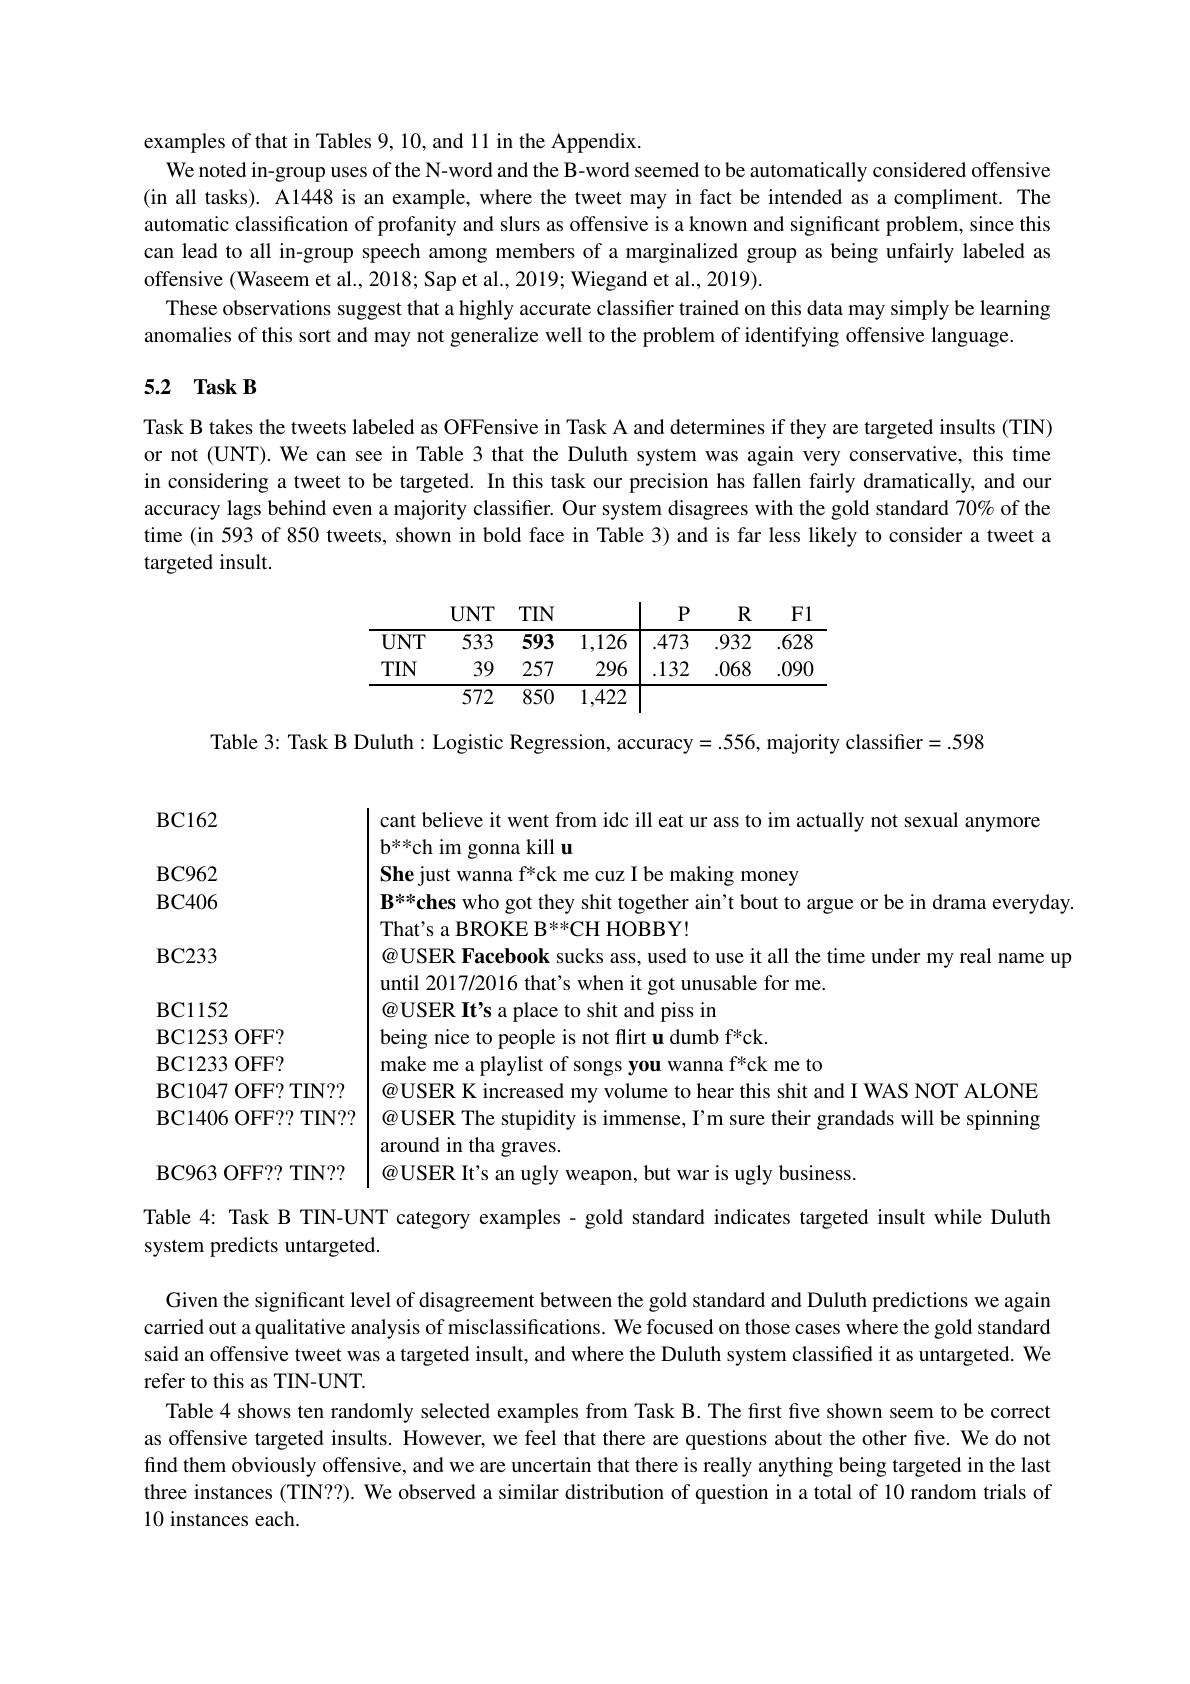
examples of that in Tables 9, 10, and 11 in the Appendix.
We noted in-group uses of the N-word and the B-word seemed to be automatically considered offensive (in all tasks). A1448 is an example, where the tweet may in fact be intended as a compliment. The automatic classification of profanity and slurs as offensive is a known and significant problem, since this can lead to all in-group speech among members of a marginalized group as being unfairly labeled as offensive (Waseem et al., 2018; Sap et al., 2019; Wiegand et al., 2019).
These observations suggest that a highly accurate classifier trained on this data may simply be learning
anomalies of this sort and may not generalize well to the problem of identifying offensive language
5.2 Task B

Task B takes the tweets labeled as OFFensive in Task A and determines if they are targeted insults (TIN) or not (UNT). We can see in Table 3 that the Duluth system was again very conservative, this time in considering a tweet to be targeted. In this task our precision has fallen fairly dramatically, and our accuracy lags behind even a majority classifier. Our system disagrees with the gold standard $70\%$ of the time (in 593 of 850 tweets, shown in bold face in Table 3) and is far less likely to consider a tweet a targeted insult.
$$\begin{array}{cccc|ccc}&\text{UNT}&\text{TIN}&&\text{P}&\text{R}&\text{F1}\\\hline\text{UNT}&533&\textbf{593}&1,126&.473&.932&.628\\\text{TIN}&39&257&296&.132&.068&.090\\\hline&572&850&1,422&&&\end{array}$$
Table 3: Task B Duluth: Logistic Regression, accuracy= .556, majority classifier= .598

BC162

cant believe it went from idc ill eat ur ass to im actually not sexual anymore

b$^{**}$ch im gonna kill u

BC962

She just wanna f*ck me cuz I be making money

$BC406$

$\mathbf{B}^{**}\mathbf{ches~who~got~they~shit~together~ain't~bout~to~argue~or~be~in~drama~everyday.}$

That's a BROKE B**CH HOBBY!

BC233

@USER Facebook sucks ass, used to use it all the time under my real name up

until 2017/2016 that's when it got unusable for me.

BC1152

@USER It's a place to shit and piss in

BC1253 OFF?

being nice to people is not flirt u dumb f*ck.

BC1233 OFF?

make me a playlist of songs you wanna f*ck me to

BC1047 OFF? TIN??

@USER K increased my volume to hear this shit and I WAS NOT ALONE

BC1406 OFF?? TIN??

@USER The stupidity is immense, I'm sure their grandads will be spinning

around in tha graves.

BC963 OFF?? TIN? $|@$USER It's an ugly weapon, but war is ugly business.

Table 4: Task B TIN-UNT category examples - gold standard indicates targeted insult while Duluth

system predicts untargeted.

Given the significant level of disagreement between the gold standard and Duluth predictions we again carried out a qualitative analysis of misclassifications. We focused on those cases where the gold standard said an offensive tweet was a targeted insult, and where the Duluth system classified it as untargeted. We refer to this as TIN-UNT.
Table 4 shows ten randomly selected examples from Task B. The first five shown seem to be correct as offensive targeted insults. However, we feel that there are questions about the other five. We do not find them obviously offensive, and we are uncertain that there is really anything being targeted in the last three instances (TIN??). We observed a similar distribution of question in a total of 10 random trials of 10 instances each.